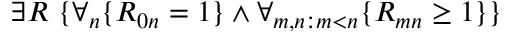
\exists R \ \{ \forall _ { n } \{ R _ { 0 n } = 1 \} \land \forall _ { m , n : m < n } \{ R _ { m n } \geq 1 \} \}